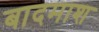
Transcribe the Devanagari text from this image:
बादमाश